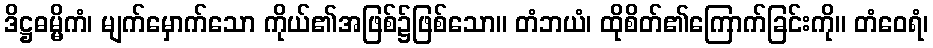
ဒိဋ္ဌဓမ္မိကံ၊ မျက်မှောက်သော ကိုယ်၏အဖြစ်၌ဖြစ်သော။ တံဘယံ၊ ထိုစိတ်၏ကြောက်ခြင်းကို။ တံဝေရံ၊